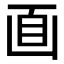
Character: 𠚑